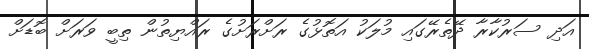
އަދި ސަރުކާރާ ދޭތެރޭގައި މުލަކު އަތޮޅުގެ ރަށްރަށުގެ ރައްޔިތުން ތިބީ ވަރަށް ބޮޑަށް